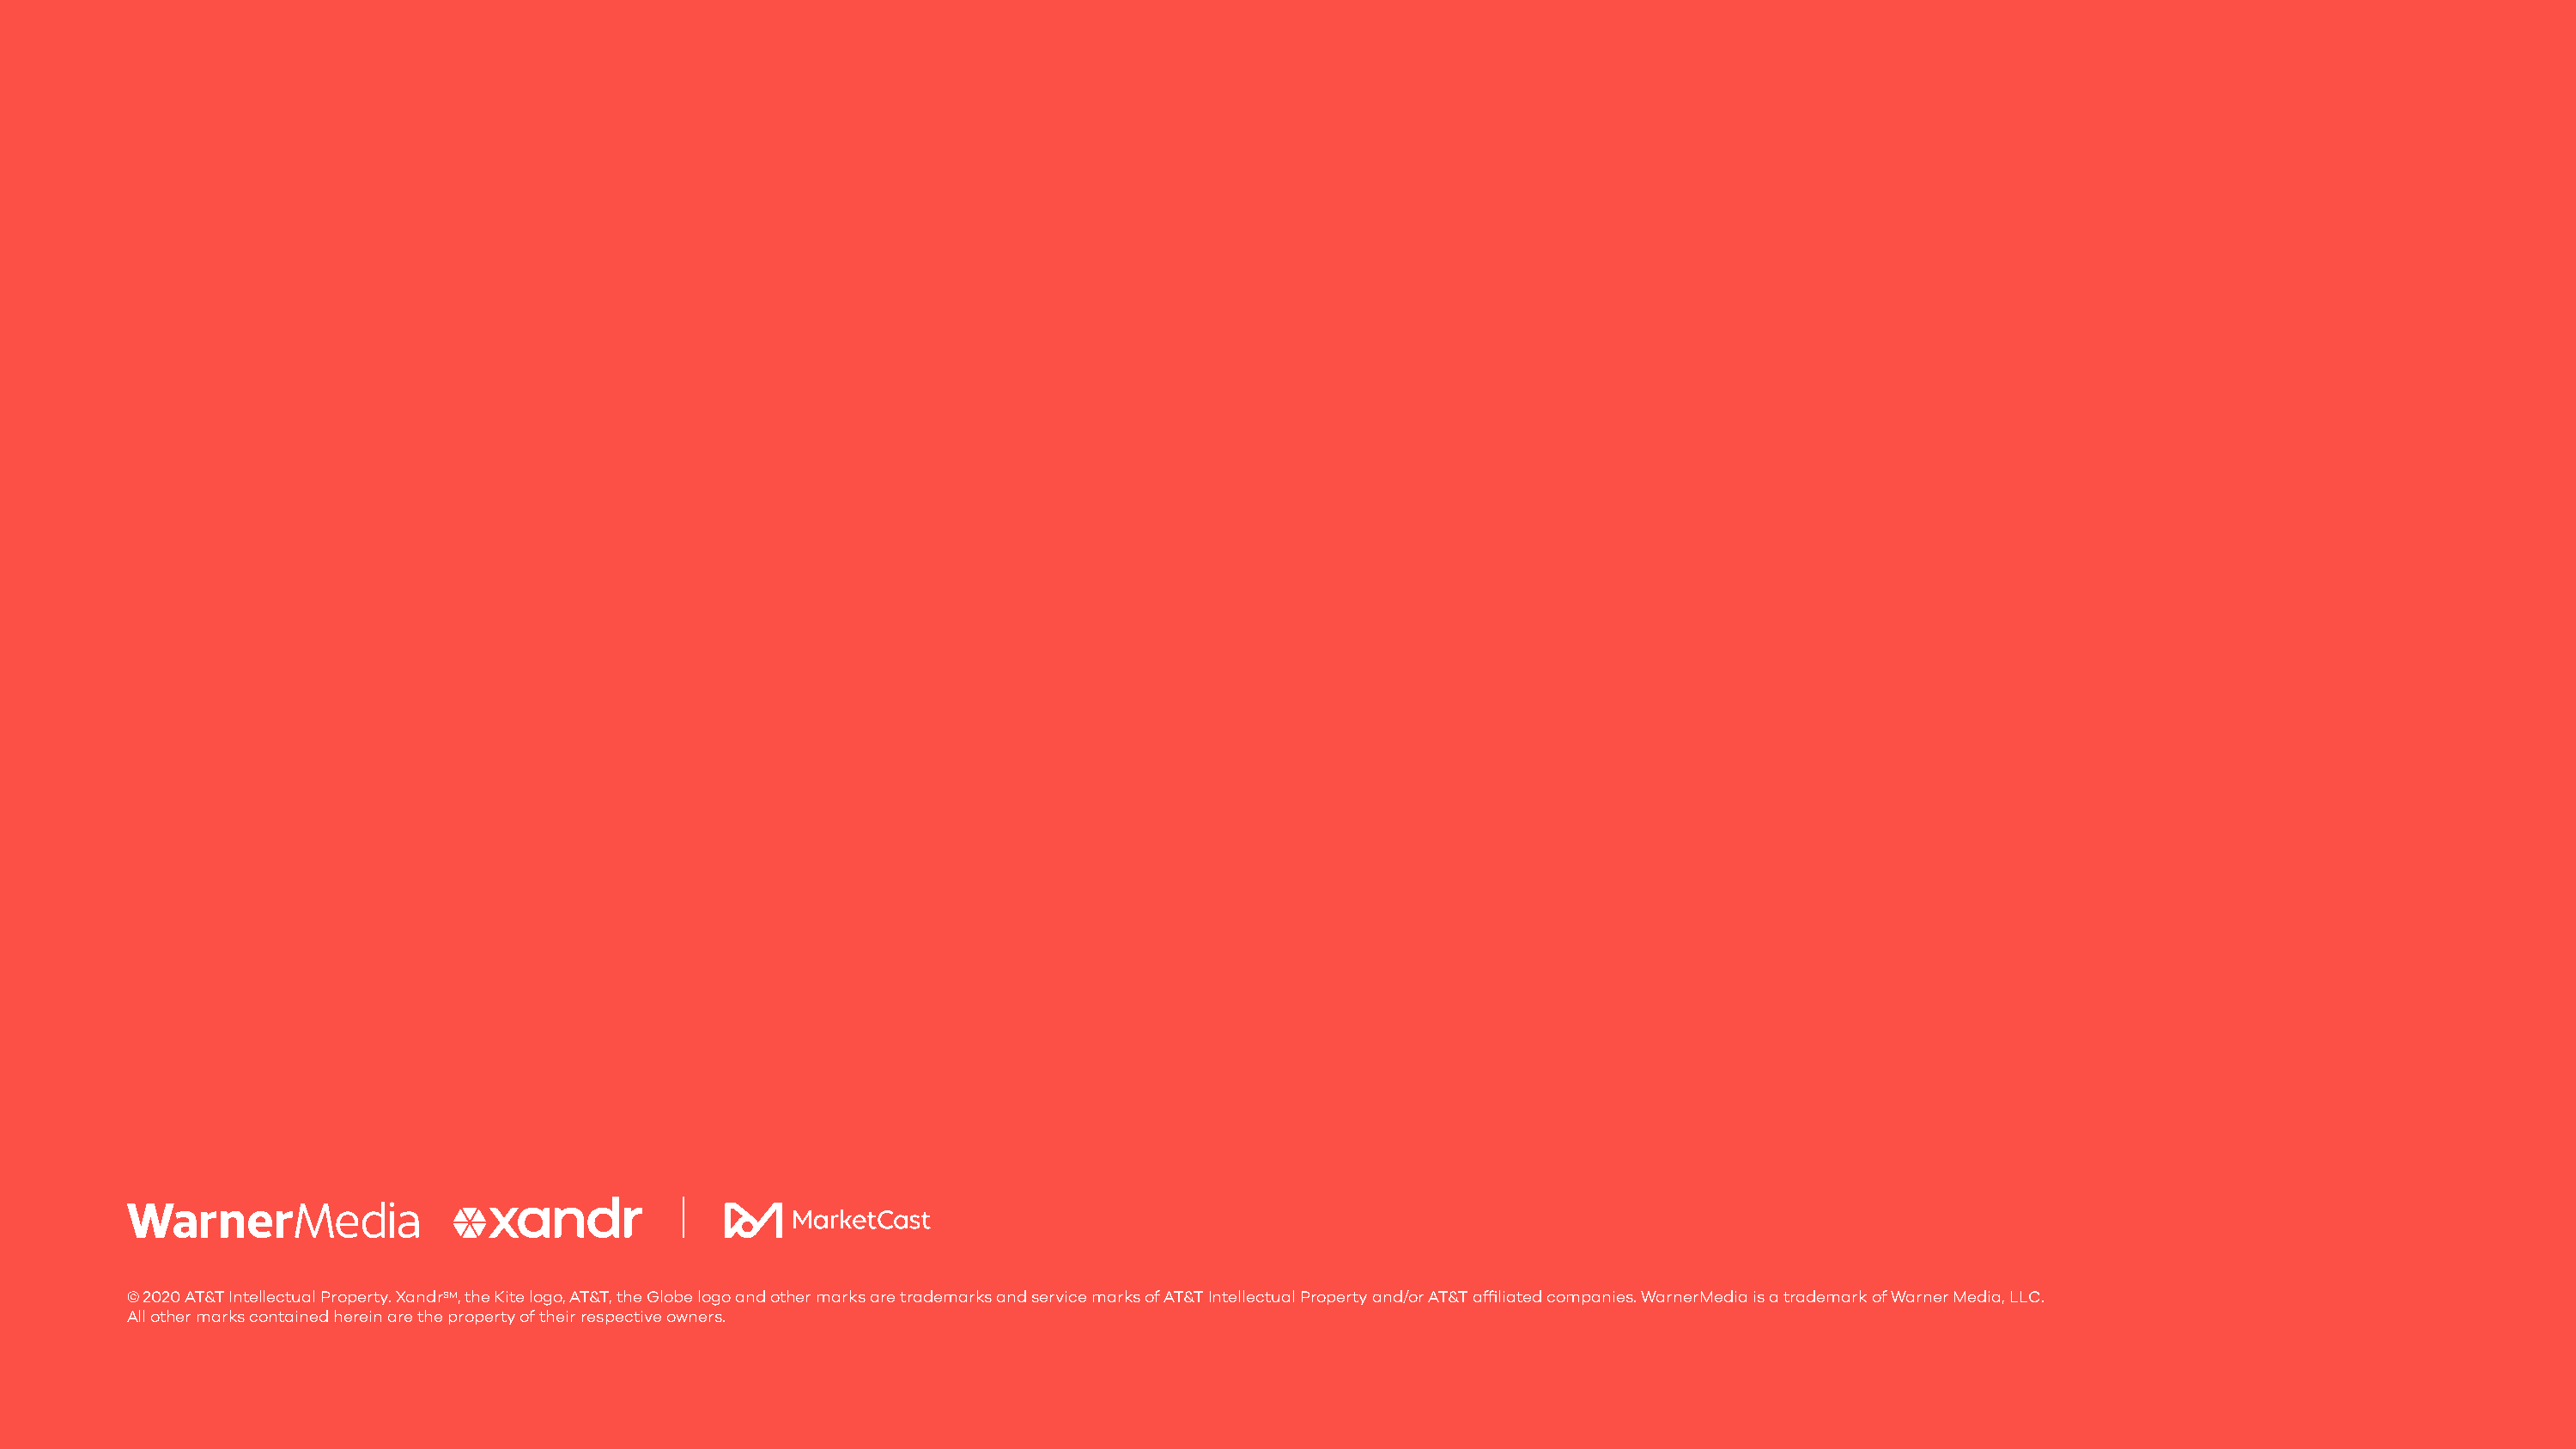
© 2020 AT&T Intellectual Property. XandrSM, the Kite logo, AT&T, the Globe logo and other marks are trademarks and service marks of AT&T Intellectual Property and/or AT&T affiliated companies. WarnerMedia is a trademark of Warner Media, LLC.
 All other marks contained herein are the property of their respective owners.